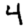
Digit: 4